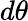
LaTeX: d\theta